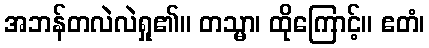
အဘန်တလဲလဲရှု၏။ တသ္မာ၊ ထိုကြောင့်။ ဧတံ၊